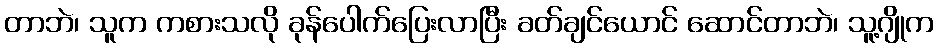
တာဘဲ၊ သူက ကစားသလို ခုန်ပေါက်ပြေးလာပြီး ခတ်ချင်ယောင် ဆောင်တာဘဲ၊ သူ့ဂျိုက